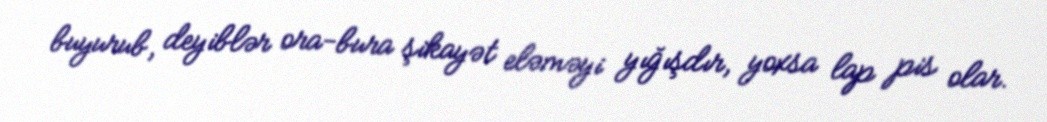
buyurub, deyiblər ora-bura şikayət eləməyi yığışdır, yoxsa lap pis olar.